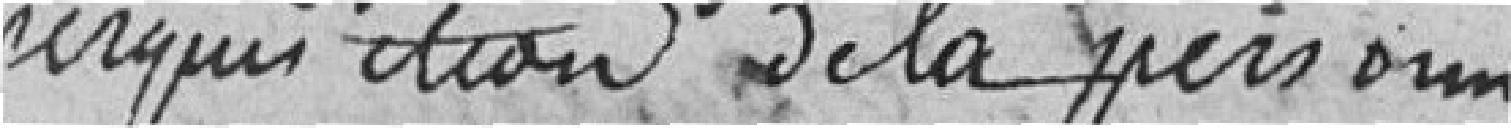
perquisition de la personne